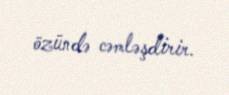
özündə cəmləşdirir.